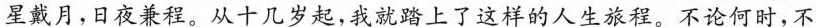
星戴月，日夜兼程。从十几岁起，我就踏上了这样的人生旅程。不论何时，不